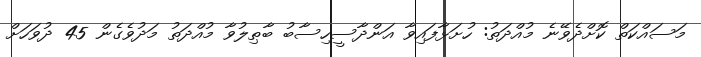
މަސައްކަތް ކޮށްދެވޭނެ މުއްދަތު: ހުށަޅާފައިވާ އަންދާސީހިސާބު ބާޠިލުވާ މުއްދަތު މަދުވެގެން 45 ދުވަހަށް